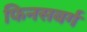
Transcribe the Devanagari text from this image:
फिनसबर्ग